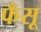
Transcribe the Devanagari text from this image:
फँसू